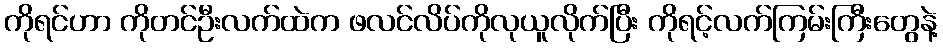
ကိုရင်ဟာ ကိုတင်ဦးလက်ထဲက ဖလင်လိပ်ကိုလုယူလိုက်ပြီး ကိုရင့်လက်ကြမ်းကြီးတွေနဲ့